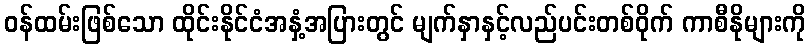
ဝန်ထမ်းဖြစ်သော ထိုင်းနိုင်ငံအနှံ့အပြားတွင် မျက်နှာနှင့်လည်ပင်းတစ်ဝိုက် ကာစီနိုများကို